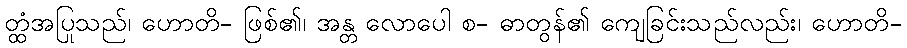
တ္ထံအပြုသည်၊ ဟောတိ- ဖြစ်၏၊ အန္တ လောပေါ စ- ဓာတွန်၏ ကျေခြင်းသည်လည်း၊ ဟောတိ-